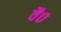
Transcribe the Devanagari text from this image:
वै०